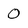
Character: 0